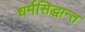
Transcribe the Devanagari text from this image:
धर्मसिद्धान्त